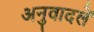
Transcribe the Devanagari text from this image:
अनुवादलें